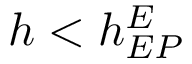
h < h _ { E P } ^ { E }